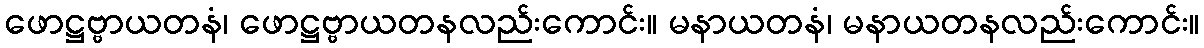
ဖောဋ္ဌဗ္ဗာယတနံ၊ ဖောဋ္ဌဗ္ဗာယတနလည်းကောင်း။ မနာယတနံ၊ မနာယတနလည်းကောင်း။